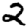
Digit: 2